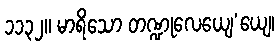
၁၁၃၂။ မာရိသော တဏ္ဍုလေယျေ’ယျေ၊